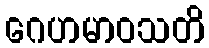
ဂေဟမာဝသတိ